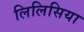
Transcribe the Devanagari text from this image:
लिलिसिया